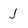
Character: j